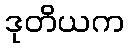
ဒုတိယက